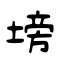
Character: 塝